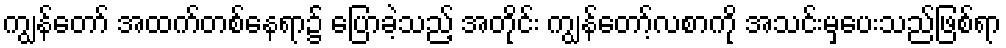
ကျွန်တော် အထက်တစ်နေရာ၌ ပြောခဲ့သည့် အတိုင်း ကျွန်တော့်လစာကို အသင်းမှပေးသည်ဖြစ်ရာ